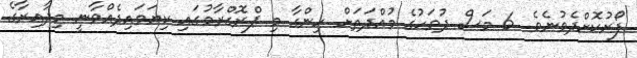
ފޯރުކޮށްދެވުނެވެ. 6 މަސް ދުވަހުގެ މުއްދަތަށް ހިންގާ މި ޕްރޮގްރާމުގައި ކިޔަވައިދެއްވާނީ މިދާއިރާގެ